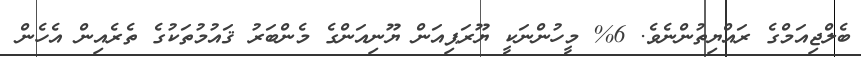
ބެލްޖިއަމްގެ ރައްޔިތުންނެވެ. 6% މީހުންނަކީ ޔޫރަޕިއަން ޔޫނިއަންގެ މެންބަރު ޤައުމުތަކުގެ ތެރެއިން އެހެން